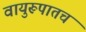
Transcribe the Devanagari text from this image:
वायुरूपातच